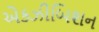
એકઝીબિશન